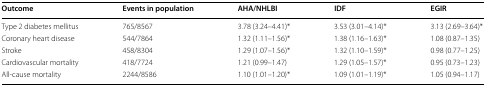
<table><thead><tr><td><b>Outcome</b></td><td><b>Events in population</b></td><td><b>AHA/NHLBI</b></td><td><b>IDF</b></td><td><b>EGIR</b></td></tr></thead><tbody><tr><td>Type 2 diabetes mellitus</td><td>765/8567</td><td>3.78 (3.24–4.41)*</td><td>3.53 (3.01–4.14)*</td><td>3.13 (2.69–3.64)*</td></tr><tr><td>Coronary heart disease</td><td>544/7864</td><td>1.32 (1.11–1.56)*</td><td>1.38 (1.16–1.63)*</td><td>1.08 (0.87–1.35)</td></tr><tr><td>Stroke</td><td>458/8304</td><td>1.29 (1.07–1.56)*</td><td>1.32 (1.10–1.59)*</td><td>0.98 (0.77–1.25)</td></tr><tr><td>Cardiovascular mortality</td><td>418/7724</td><td>1.21 (0.99–1.47)</td><td>1.29 (1.05–1.57)*</td><td>0.95 (0.73–1.23)</td></tr><tr><td>All-cause mortality</td><td>2244/8586</td><td>1.10 (1.01–1.20)*</td><td>1.09 (1.01–1.19)*</td><td>1.05 (0.94–1.17)</td></tr></tbody></table>